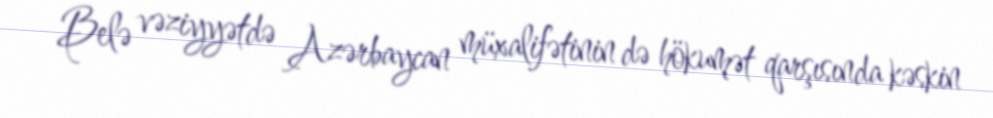
- Belə vəziyyətdə Azərbaycan müxalifətinin də hökumət qarşısında kəskin